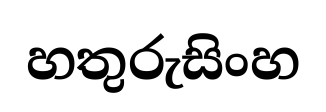
හතුරුසිංහ